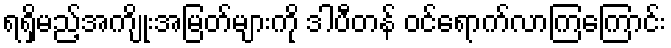
ရရှိမည့်အကျိုးအမြတ်များကို ဒါပီတန် ဝင်ရောက်လာကြကြောင်း